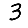
Digit: 3